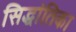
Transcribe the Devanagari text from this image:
सिद्धांतिका